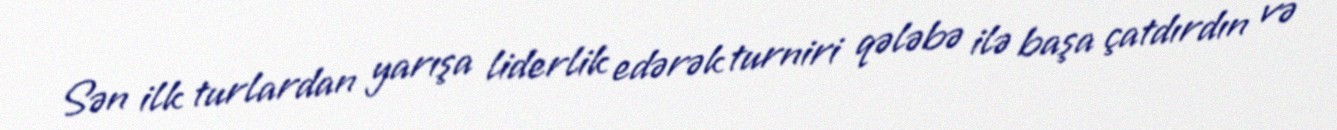
Sən ilk turlardan yarışa liderlik edərək turniri qələbə ilə başa çatdırdın və